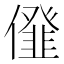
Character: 𠏪